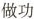
做功